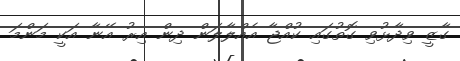
ގާޒީ ވިދާޅުވި ގޮތުގައި ކުއްޖާ އެއްލާލަން ދިން އިރު އޭނާ އަކީ މަންމަ